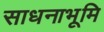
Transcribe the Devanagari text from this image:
साधनाभूमि